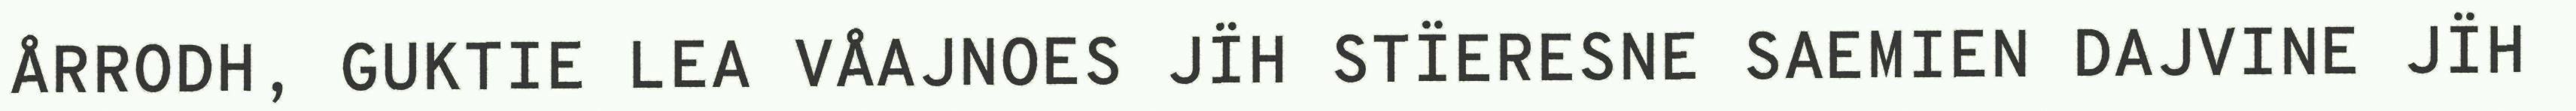
ÅRRODH, GUKTIE LEA VÅAJNOES JÏH STÏERESNE SAEMIEN DAJVINE JÏH